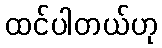
ထင်ပါတယ်ဟု